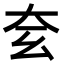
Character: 𡗰